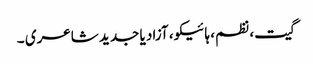
گیت، نظم، ہائیکو، آزاد یا جدید شاعری ۔